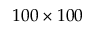
1 0 0 \times 1 0 0